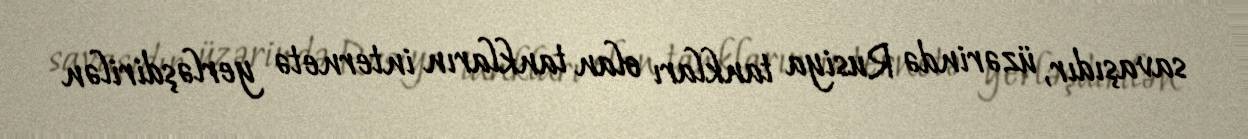
savaşıdır, üzərində Rusiya tankları olan tankların internetə yerləşdirilən